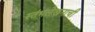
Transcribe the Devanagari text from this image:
स्तंभलेखनाची